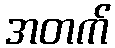
အတက်